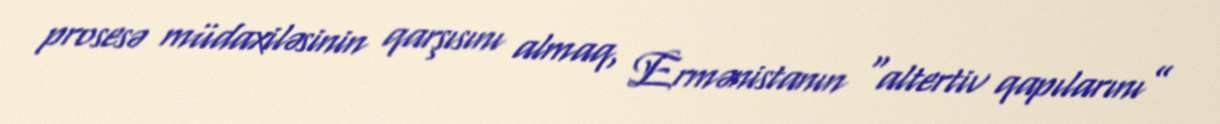
prosesə müdaxiləsinin qarşısını almaq, Ermənistanın “altertiv qapılarını”